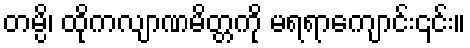
တမ္ပိ၊ ထိုကလျာဏမိတ္တကို မရရာကျောင်း၎င်း။